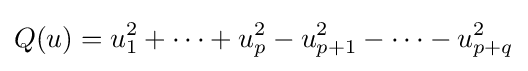
Q(u)=u_{1}^{2}+\cdots +u_{p}^{2}-u_{p+1}^{2}-\cdots -u_{p+q}^{2}